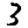
Digit: 3